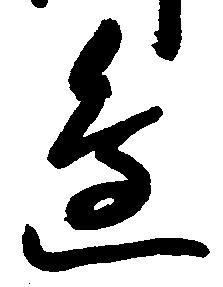
辺